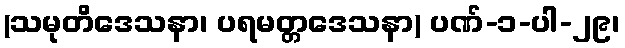
(သမုတိဒေသနာ၊ ပရမတ္တဒေသနာ) ပဏ်-၁-ပါ-၂၉၊